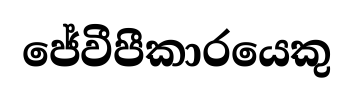
ජේවීපීකාරයෙකු